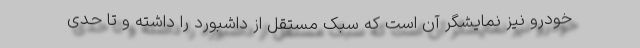
خودرو نیز نمایشگر آن است که سبک مستقل از داشبورد را داشته و تا حدی